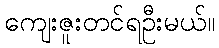
ကျေးဇူးတင်ရဦးမယ်။